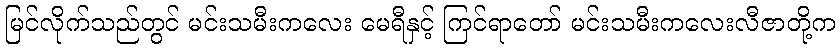
မြင်လိုက်သည်တွင် မင်းသမီးကလေး မေရီနှင့် ကြင်ရာတော် မင်းသမီးကလေးလီဇာတို့က